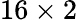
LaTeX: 16\times 2